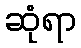
ဆုံရာ